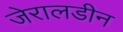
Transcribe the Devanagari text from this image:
जेरालडीन